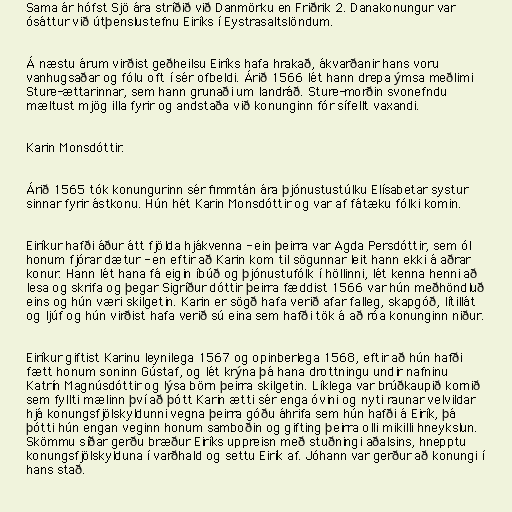
Sama ár hófst Sjö ára stríðið við Danmörku en Friðrik 2. Danakonungur var
ósáttur við útþenslustefnu Eiríks í Eystrasaltslöndum.

Á næstu árum virðist geðheilsu Eiríks hafa hrakað, ákvarðanir hans voru
vanhugsaðar og fólu oft í sér ofbeldi. Árið 1566 lét hann drepa ýmsa meðlimi
Sture-ættarinnar, sem hann grunaði um landráð. Sture-morðin svonefndu
mæltust mjög illa fyrir og andstaða við konunginn fór sífellt vaxandi.

Karin Monsdóttir.

Árið 1565 tók konungurinn sér fimmtán ára þjónustustúlku Elísabetar systur
sinnar fyrir ástkonu. Hún hét Karin Monsdóttir og var af fátæku fólki komin.

Eiríkur hafði áður átt fjölda hjákvenna - ein þeirra var Agda Persdóttir, sem ól
honum fjórar dætur - en eftir að Karin kom til sögunnar leit hann ekki á aðrar
konur. Hann lét hana fá eigin íbúð og þjónustufólk í höllinni, lét kenna henni að
lesa og skrifa og þegar Sigríður dóttir þeirra fæddist 1566 var hún meðhöndluð
eins og hún væri skilgetin. Karin er sögð hafa verið afar falleg, skapgóð, lítillát
og ljúf og hún virðist hafa verið sú eina sem hafði tök á að róa konunginn niður.

Eiríkur giftist Karinu leynilega 1567 og opinberlega 1568, eftir að hún hafði
fætt honum soninn Gústaf, og lét krýna þá hana drottningu undir nafninu
Katrín Magnúsdóttir og lýsa börn þeirra skilgetin. Líklega var brúðkaupið kornið
sem fyllti mælinn því að þótt Karin ætti sér enga óvini og nyti raunar velvildar
hjá konungsfjölskyldunni vegna þeirra góðu áhrifa sem hún hafði á Eirík, þá
þótti hún engan veginn honum samboðin og gifting þeirra olli mikilli hneykslun.
Skömmu síðar gerðu bræður Eiríks uppreisn með stuðningi aðalsins, hnepptu
konungsfjölskylduna í varðhald og settu Eirík af. Jóhann var gerður að konungi í
hans stað.